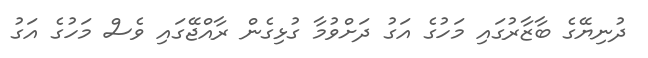
ދުނިޔޭގެ ބާޒާރުގައި މަހުގެ އަގު ދަށްވުމާ ގުޅިގެން ރާއްޖޭގައި ވެސް މަހުގެ އަގު